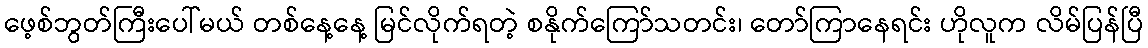
ဖေ့စ်ဘွတ်ကြီးပေါ်မယ် တစ်နေ့နေ့ မြင်လိုက်ရတဲ့ စနိုက်ကြော်သတင်း၊ တော်ကြာနေရင်း ဟိုလူက လိမ်ပြန်ပြီ